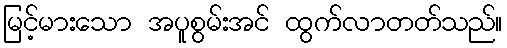
မြင့်မားသော အပူစွမ်းအင် ထွက်လာတတ်သည်။